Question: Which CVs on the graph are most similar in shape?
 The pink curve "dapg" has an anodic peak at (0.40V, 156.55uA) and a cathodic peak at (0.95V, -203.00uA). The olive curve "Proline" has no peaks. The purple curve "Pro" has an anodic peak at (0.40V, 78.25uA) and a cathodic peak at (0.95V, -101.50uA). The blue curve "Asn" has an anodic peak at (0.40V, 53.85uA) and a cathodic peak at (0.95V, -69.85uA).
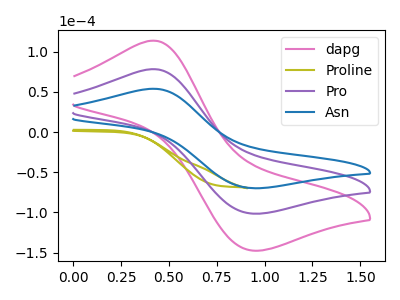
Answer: <think>"dapg" and "Proline" have a different number of peaks. All the peaks in "dapg" have a peak in "Pro" at the same potential. Every peak in "dapg" is higher than every peak in "Pro". All the peaks in "dapg" have a peak in "Asn" at the same potential. Every peak in "dapg" is higher than every peak in "Asn". "Proline" and "Pro" have a different number of peaks. "Proline" and "Asn" have a different number of peaks. All the peaks in "Pro" have a peak in "Asn" at the same potential. Every peak in "Pro" is higher than every peak in "Asn".
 </think>
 <answer>"Asn", "dapg" and "Pro" have the same shape and are likely CV's of the same chemical.</answer>
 <eval>"Asn" "dapg" "Pro"</eval>